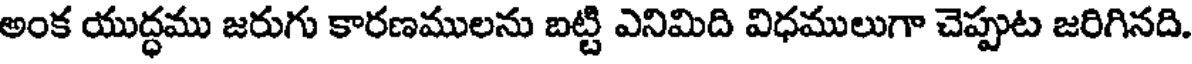
అంక యుద్ధము జరుగు కారణములను బట్టి ఎనిమిది విధములుగా చెప్పుట జరిగినది.